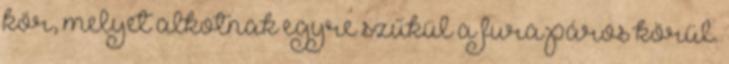
kör, melyet alkotnak egyre szűkül a fura páros körül.